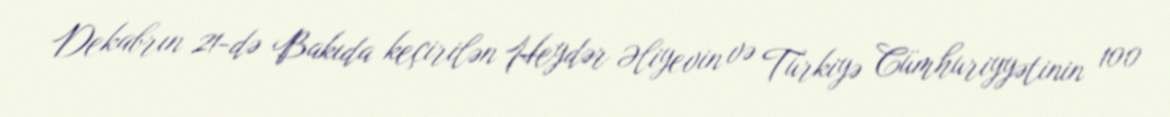
Dekabrın 21-də Bakıda keçirilən Heydər Əliyevin və Türkiyə Cümhuriyyətinin 100